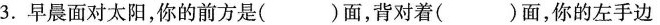
3.早晨面对太阳，你的前方是( )面，背对着( )面，你的左手边